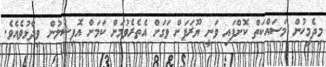
މިދެމީހުން މަސައްކަތް ކޮށްފައި ވަނީ ޔޫރަޕަށް ވަގަށް އެތެރެވުމަށް ކަމަށް އޮފިޝަލުން ވިދާޅުވެއެވެ.